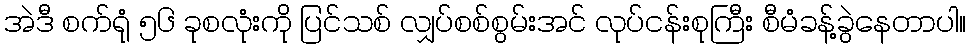
အဲဒီ စက်ရုံ ၅၆ ခုစလုံးကို ပြင်သစ် လျှပ်စစ်စွမ်းအင် လုပ်ငန်းစုကြီး စီမံခန့်ခွဲနေတာပါ။